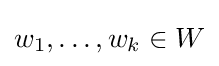
w_{1},\ldots ,w_{k}\in W